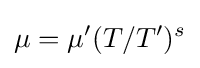
\mu =\mu '(T/T')^{s}